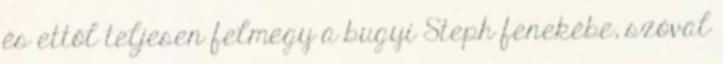
és ettől teljesen felmegy a bugyi Steph fenekébe, szóval